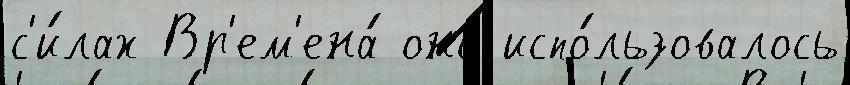
с'и́лах Вр'ем'ена́ оно́ испо́льзовалось